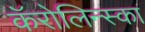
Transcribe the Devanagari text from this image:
कॅरोलिन्स्का